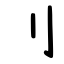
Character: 刂